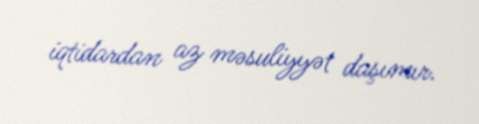
iqtidardan az məsuliyyət daşımır.